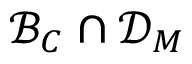
\mathcal { B } _ { C } \cap \mathcal { D } _ { M }